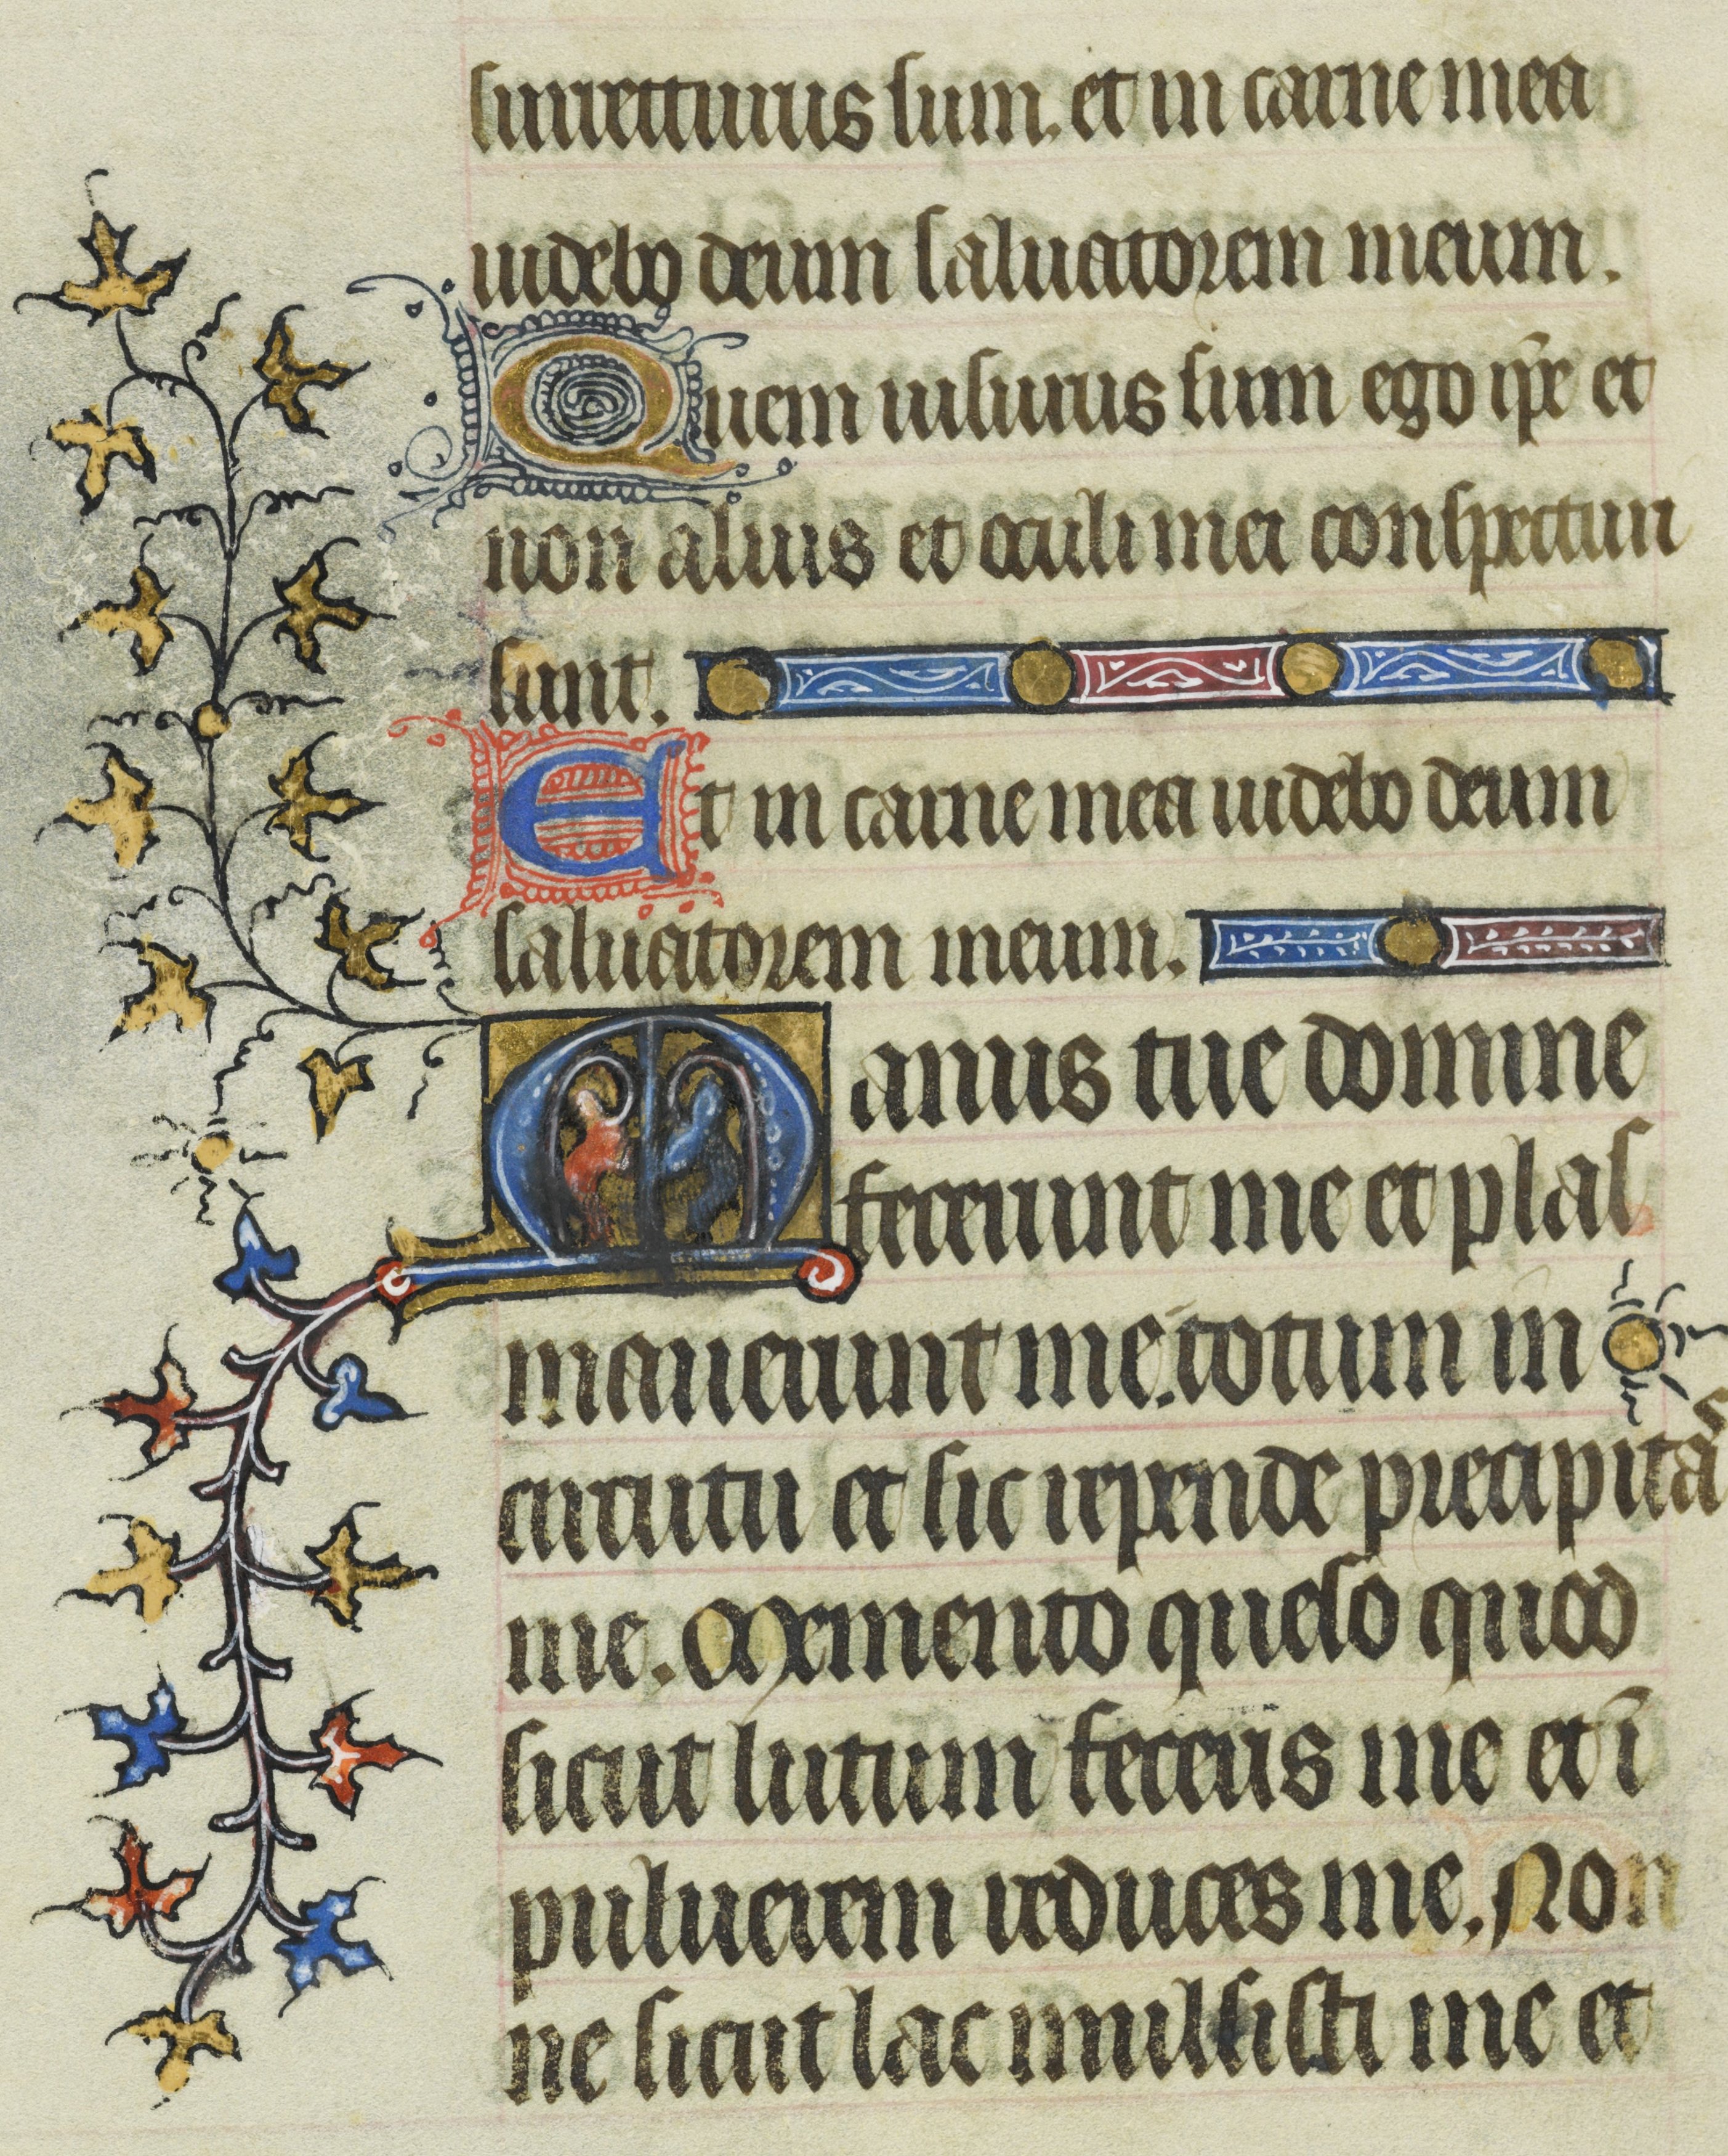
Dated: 1400–1430